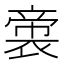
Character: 𭘳